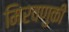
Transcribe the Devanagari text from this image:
मिरवणुकी